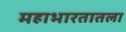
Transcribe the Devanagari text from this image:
महाभारतातला